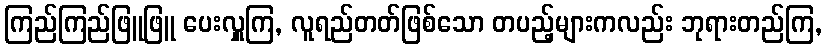
ကြည်ကြည်ဖြူဖြူ ပေးလှူကြ, လူရည်တတ်ဖြစ်သော တပည့်များကလည်း ဘုရားတည်ကြ,